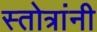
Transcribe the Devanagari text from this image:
स्तोत्रांनी